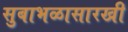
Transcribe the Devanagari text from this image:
सुबाभळासारखी